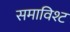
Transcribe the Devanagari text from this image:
समाविश्ट